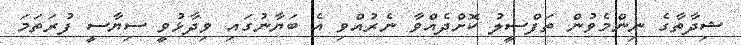
ޝިދާތާގެ ނިންމެވުން ތަފްސީލު ކޮށްދެއްވާ ނެރުއްވި އެ ބަޔާނުގައި ވިދާޅުވީ ސިޔާސީ ފުރަތަަމަ